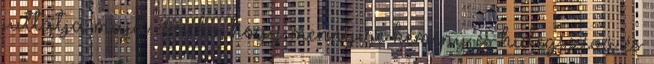
juttatja majd eszébe, hogy mennyire kemény és hidegszívű és